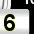
Digit: 6